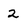
Character: 2